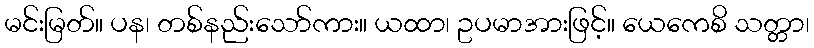
မင်းမြတ်။ ပန၊ တစ်နည်းသော်ကား။ ယထာ၊ ဥပမာအားဖြင့်။ ယေကေစိ သတ္တာ၊